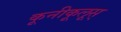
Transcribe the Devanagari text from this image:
कूनीकूलूस्